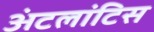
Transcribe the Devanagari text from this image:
अंटलांटिस